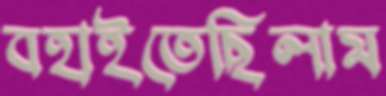
বহাইতেছিলাম